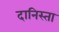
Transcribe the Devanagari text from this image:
दानिस्ता